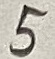
Text: 5